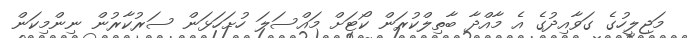
މަޖިލީހުގެ ގަވާއިދުގެ އެ މާއްދާ ބާތިލްކުރަން ކޯޓަށް މައްސަލަ ހުށަހަޅަން ސަރުކާރުން ނިންމިކަން